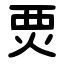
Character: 䙳